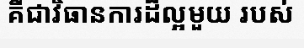
គឺជាវិធានការដ៏ល្អមួយ របស់